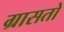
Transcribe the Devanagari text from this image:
ग्रासतो